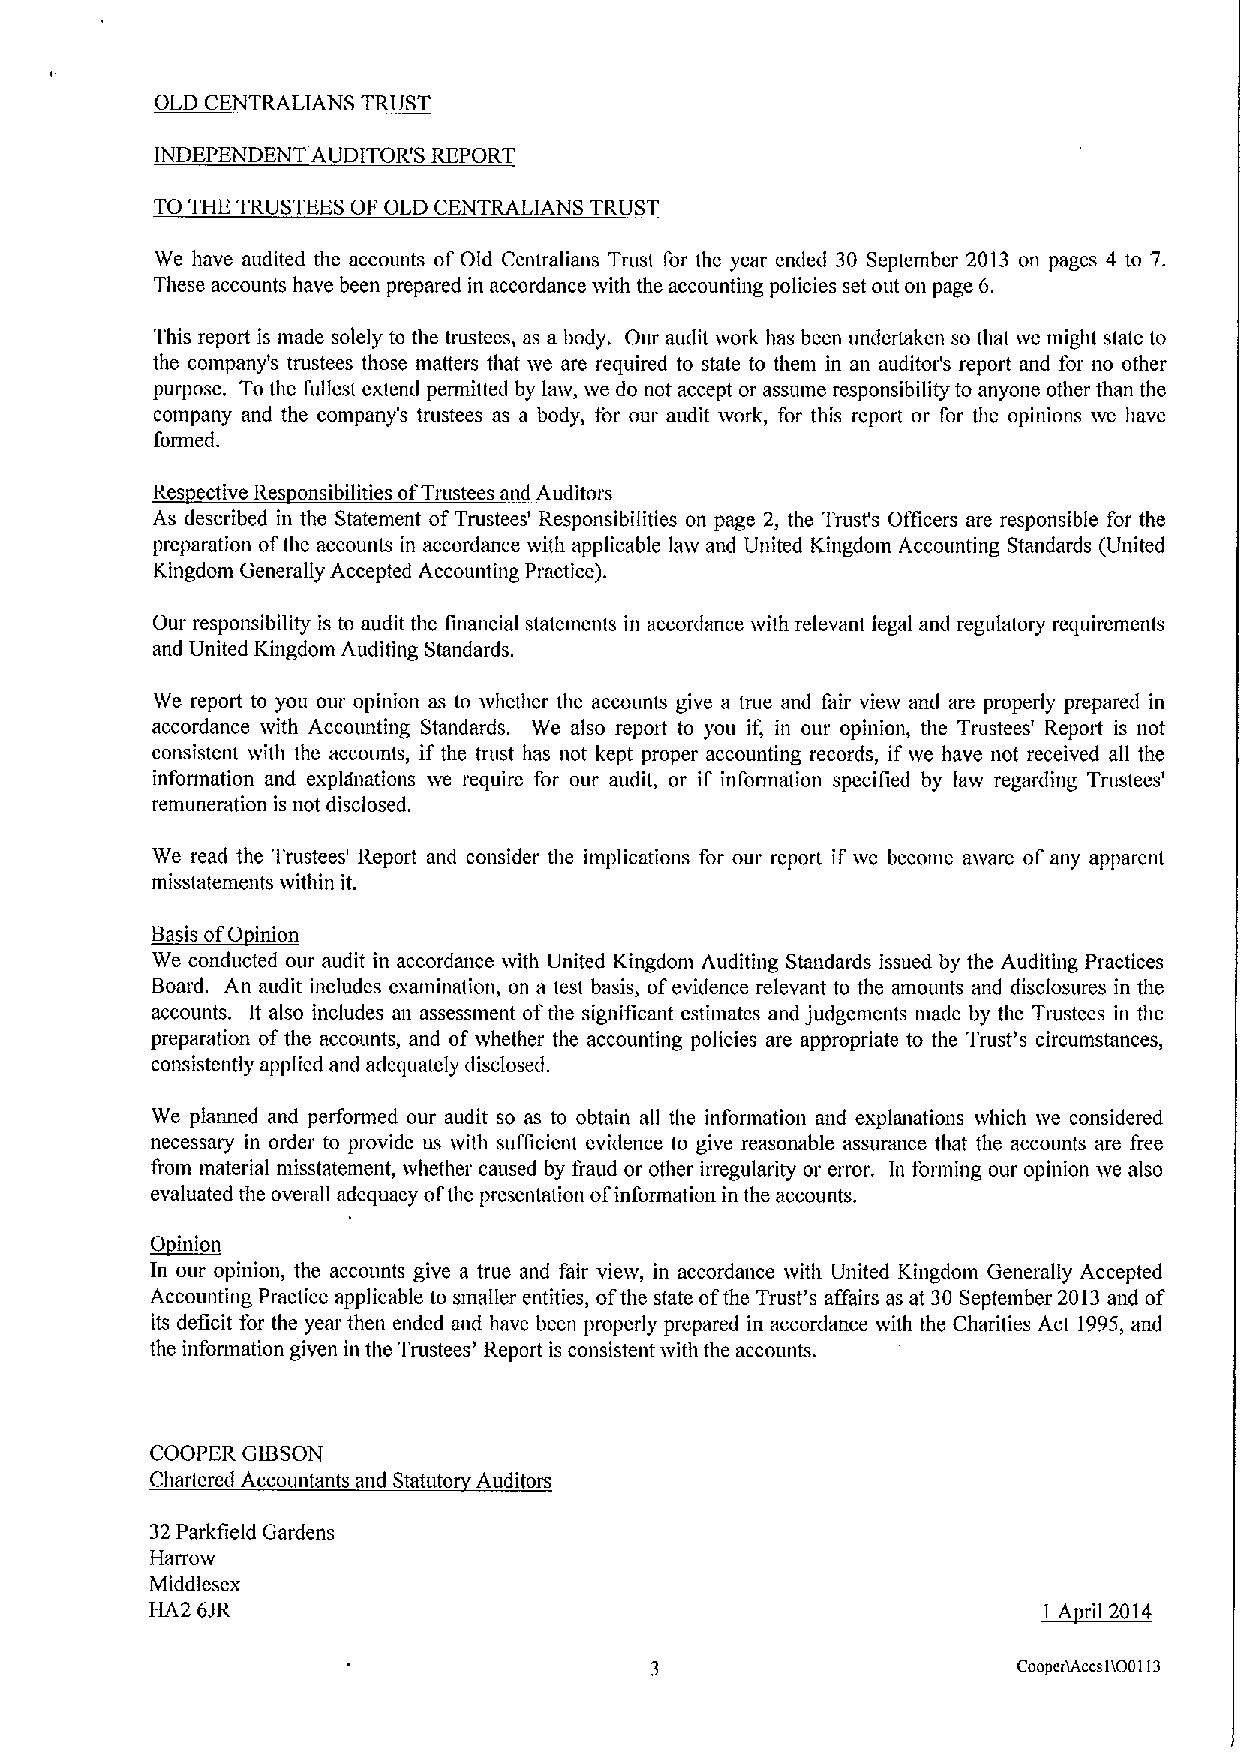
OLD CENTRALIANS TRUST
 INDEPENDENT AUDITOR'S REPORT
 TO THE TRUSTEES OF OLD CENTRALIANS TRUST
 We have audited the accounts of Old Centralians Trust for the year ended 30 September 2013 on pages 4 to 7.
 These accounts have been prepared in accordance vvith the accounting policies set out on page 6.
 This report is made solely to the trustees, as a body. Our audit work has been undertaken so that we might state to
 the company's trustees those matters that we are required to state to them in an auditor's report and for no other
 purpose. To the fullest extend permitted by Iaw, we do not accept or assume responsibility to anyone other than the
 company and the company's trustees as a body, for our audit work, for this report or for the opinions we have
 formed.
 Res ective Res onsibilities ofTrustees and Auditors
 As described in the Statement ofTrustees' Responsibilities on page 2, the Trust's Officers are responsible for the
 preparation ofthe accounts in accordance ivith applicable law and United Kingdom Accounting Standards (United
 Kingdom Generally Accepted Accounting Practice).
 Our responsibility is to audit the financial statements in accordance with relevant legal and regulatory requirements
 and United Kingdom Auditing Standards.
 We report to you our opinion as to whether the accounts give a true and fair view and are properly prepared in
 accordance vvith Accounting Standards. We also report to you if, in our opinion, the Trustees' Report is not
 consistent with the accounts, if the trust has not kept proper accounting records, if rve have not received all the
 information and explanations we require for our audit, or if information specified by law regarding Trustees'
 remuneration is not disclosed.
 We read the Trustees' Report and consider the implications for our report if we become aivare of any apparent
 misstatements within it.
 IOI'
 ~Bi
 We conducted our audit in accordance ivith United Kingdom Auditing Standards issued by the Auditing Practices
 Board. An audit includes examination, on a test basis, ofevidence relevant to the amounts and disclosures in the
 accounts. It also includes an assessment ofthe significant estimates and judgements made by the Trustees in the
 preparation ofthe accounts, and ofwhether the accounting policies are appropriate to the Trust's circumstances,
 consistently applied and adequately disclosed.
 We planned and performed our audit so as to obtain all the information and explanations which ive considered
 necessary in order to provide us ivith sufficient evidence to give reasonable assurance that the accounts are free
 from material misstatement, whether caused by fraud or other irregularity or error. In forming our opinion we also
 evaluated the overall adequacy ofthe presentation ofinforniation in the accounts.
 ~Oinion
 In our opinion, the accounts give a true and fair view, in accordance with United Kingdom Generally Accepted
 Accounting Practice applicable to smager entities, ofthe state ofthe Trust's affairs as at 30 September 2013and of
 its deficit for the year then ended and have been properly prepared in accordance vvith the Charities Act 1995,and
 the information given in the Trustees' Report is consistent with the accounts.
 COOPER GIBSON
 Chartered Accountants and Statute Auditors
 32Parkfield Gardens
 Harrow
 Middlesex
 HA2 6JR                                                    ~IA II IIIII
 CBOPCItACCBlt001I3